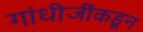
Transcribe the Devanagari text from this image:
गांधीजींकडून